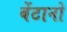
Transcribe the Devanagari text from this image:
बेंटानो